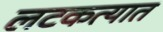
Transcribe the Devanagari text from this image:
लटकत्यात